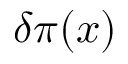
\delta \pi ( x )